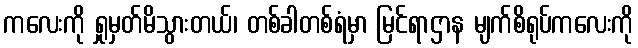
ကလေးကို ရှုမှတ်မိသွားတယ်၊ တစ်ခါတစ်ရံမှာ မြင်ရာဌာန မျက်စိရုပ်ကလေးကို